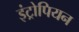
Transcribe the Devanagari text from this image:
इंट्रोपियन